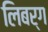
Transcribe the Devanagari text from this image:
लिबर्ग